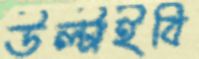
উল্‌টাইবি